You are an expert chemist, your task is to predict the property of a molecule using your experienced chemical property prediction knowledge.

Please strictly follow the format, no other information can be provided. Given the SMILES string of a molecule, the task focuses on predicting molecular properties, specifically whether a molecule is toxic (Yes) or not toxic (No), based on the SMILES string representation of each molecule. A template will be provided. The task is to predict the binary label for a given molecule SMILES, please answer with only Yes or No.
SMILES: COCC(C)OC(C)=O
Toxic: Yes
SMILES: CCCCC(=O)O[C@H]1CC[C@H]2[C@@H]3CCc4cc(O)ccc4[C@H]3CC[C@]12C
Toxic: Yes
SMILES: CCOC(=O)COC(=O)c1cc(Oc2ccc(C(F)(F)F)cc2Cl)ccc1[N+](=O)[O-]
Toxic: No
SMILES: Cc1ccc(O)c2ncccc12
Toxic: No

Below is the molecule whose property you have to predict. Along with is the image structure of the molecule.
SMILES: CC(C)(C)c1ccc(CN2CCN(C(c3ccccc3)c3ccc(Cl)cc3)CC2)cc1
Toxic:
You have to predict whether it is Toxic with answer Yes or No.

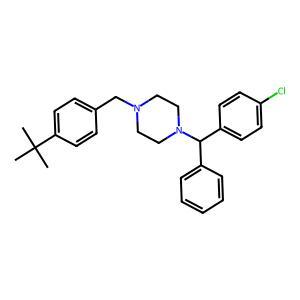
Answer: No